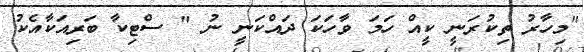
"މިހާރު ތިކުރަނީ ކީއް ހަމަ ވާހަކަ ދައްކަނީ ނު " ސްޓިކާ ބަރިއަކާއެކު